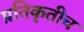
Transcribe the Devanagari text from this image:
प्रतिकृतीच